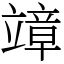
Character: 𥪮